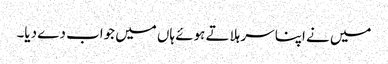
میں نے اپنا سر ہلاتے ہوئے ہاں میں جواب دے دیا۔